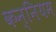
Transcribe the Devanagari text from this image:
कन्नियम